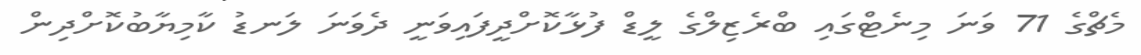
މެޗްގެ 71 ވަނަ މިނެޓްގައި ބްރެޒިލްގެ ލީޑް ފުޅާކޮށްދީފައިވަނީ ދެވަނަ ލަނޑު ކާމިޔާބުކޮށްދިން